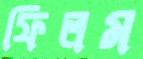
ফিলম